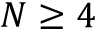
N \geq 4